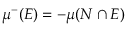
\mu ^ { - } ( E ) = - \mu ( N \cap E )